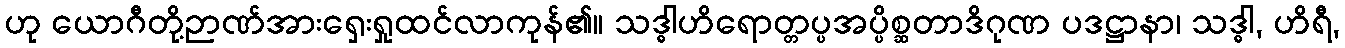
ဟု ယောဂီတို့ဉာဏ်အားရှေးရှုထင်လာကုန်၏။ သဒ္ဓါဟိရောတ္တပ္ပအပ္ပိစ္ဆတာဒိဂုဏ ပဒဋ္ဌာနာ၊ သဒ္ဓါ, ဟိရီ,